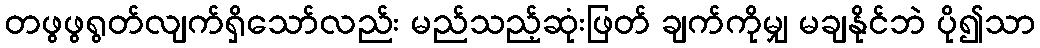
တဖွဖွရွတ်လျက်ရှိသော်လည်း မည်သည့်ဆုံးဖြတ် ချက်ကိုမျှ မချနိုင်ဘဲ ပို၍သာ